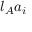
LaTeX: l _ { A } a _ { i }